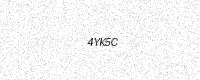
Text: 4YK5C